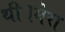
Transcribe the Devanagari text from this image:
थी।मेरा